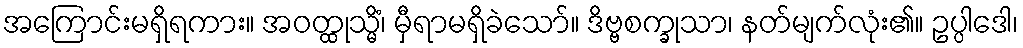
အကြောင်းမရှိရကား။ အဝတ္ထုသ္မိံ၊ မှီရာမရှိခဲသော်။ ဒိဗ္ဗစက္ခုသာ၊ နတ်မျက်လုံး၏။ ဥပ္ပါဒေါ၊